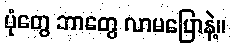
ပုံတွေ ဘာတွေ လာမပြောနဲ့။